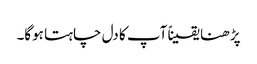
پڑھنا یقیناً آپ کا دل چاہتا ہوگا۔